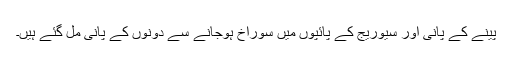
پینے کے پانی اور سیوریج کے پائپوں میں سوراخ ہوجانے سے دونوں کے پانی مل گئے ہیں۔